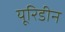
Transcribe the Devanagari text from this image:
यूरिडीन